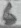
Text: 6